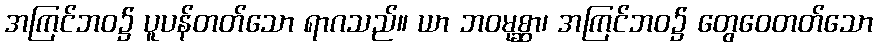
အကြင်ဘဝ၌ ပူပန်တတ်သော ရာဂသည်။ ယာ ဘဝမုစ္ဆာ၊ အကြင်ဘဝ၌ တွေဝေတတ်သော